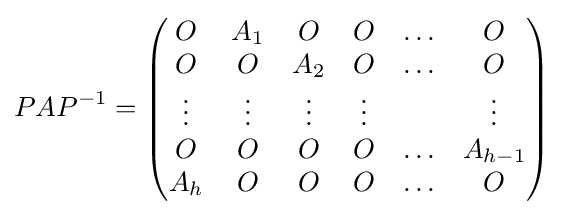
PAP^{-1}={\begin{pmatrix}O&A_{1}&O&O&\ldots &O\\O&O&A_{2}&O&\ldots &O\\\vdots &\vdots &\vdots &\vdots &&\vdots \\O&O&O&O&\ldots &A_{h-1}\\A_{h}&O&O&O&\ldots &O\end{pmatrix}}